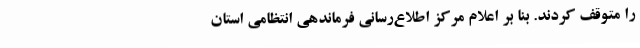
را متوقف کردند. بنا بر اعلام مرکز اطلاع‌رسانی فرماندهی انتظامی استان